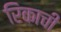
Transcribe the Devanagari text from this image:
रिकाची